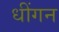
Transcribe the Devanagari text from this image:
धींगन